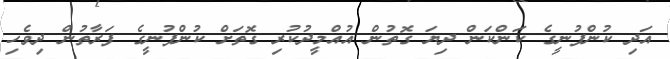
އަދި ކުންފުނީގެ ކަންކަން ދިޔަ ގޮތުން އުއްމީދުކުރި ގޮތަށް ކުންފުނީގެ ފަރާތުން ދިވެހި